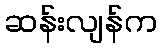
ဆန်းလျန်က